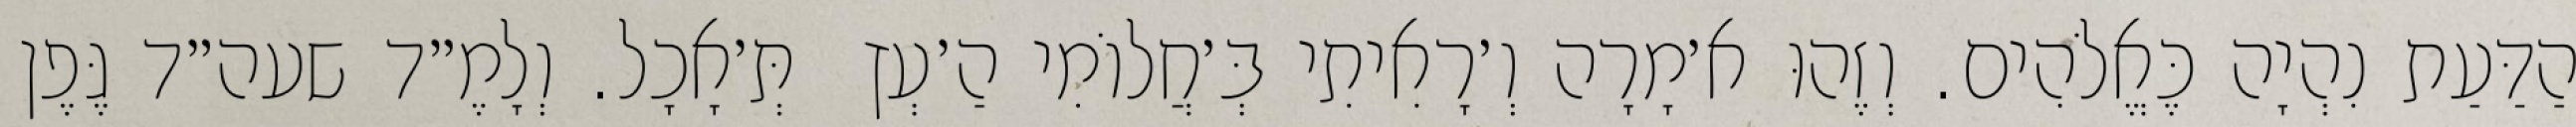
הַדַּעַת נִהְיָה כֶּאֱלֹהִים. וְזֶהוּ א׳מָרָה וְ׳רָאִיתִי בְּ׳חֲלוֹמִי הַ׳עְץ  תְּ׳אָכָל. וְלָמֶ״ד שעה״ד גֶּפֶן